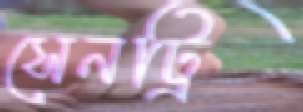
সেনট্রি